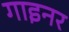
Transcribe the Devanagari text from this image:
गाइनर